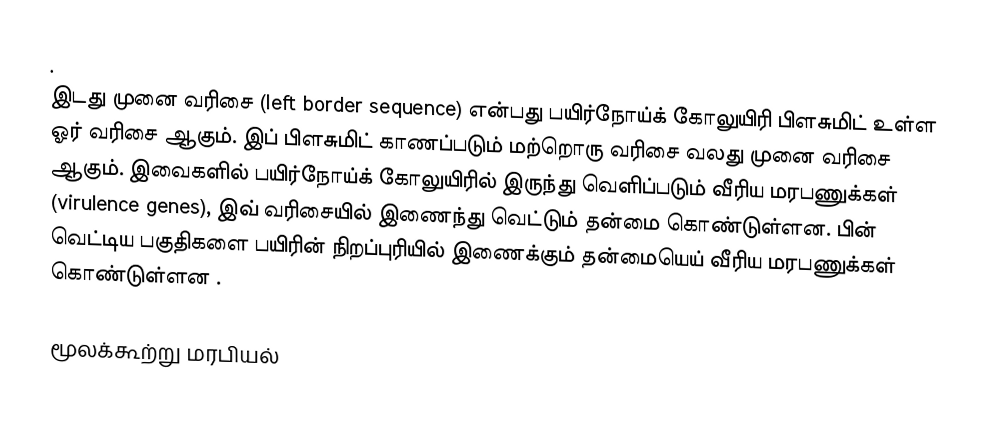
.
இடது முனை வரிசை  (left border sequence)  என்பது பயிர்நோய்க் கோலுயிரி பிளசுமிட் உள்ள ஓர் வரிசை ஆகும்.  இப் பிளசுமிட் காணப்படும் மற்றொரு  வரிசை  வலது முனை வரிசை ஆகும்.  இவைகளில் பயிர்நோய்க் கோலுயிரில் இருந்து வெளிப்படும் வீரிய மரபணுக்கள் (virulence genes), இவ் வரிசையில் இணைந்து   வெட்டும் தன்மை கொண்டுள்ளன. பின்  வெட்டிய பகுதிகளை பயிரின் நிறப்புரியில் இணைக்கும் தன்மையெய்  வீரிய மரபணுக்கள் கொண்டுள்ளன .

மூலக்கூற்று மரபியல்